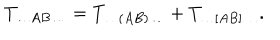
LaTeX: T _ { \ldots A B \ldots } = T _ { \ldots ( A B ) \ldots } + T _ { \ldots [ A B ] \ldots } .